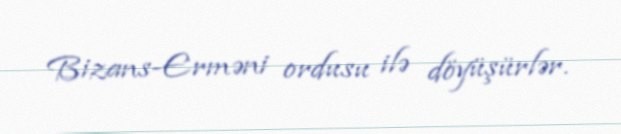
Bizans-Erməni ordusu ilə döyüşürlər.